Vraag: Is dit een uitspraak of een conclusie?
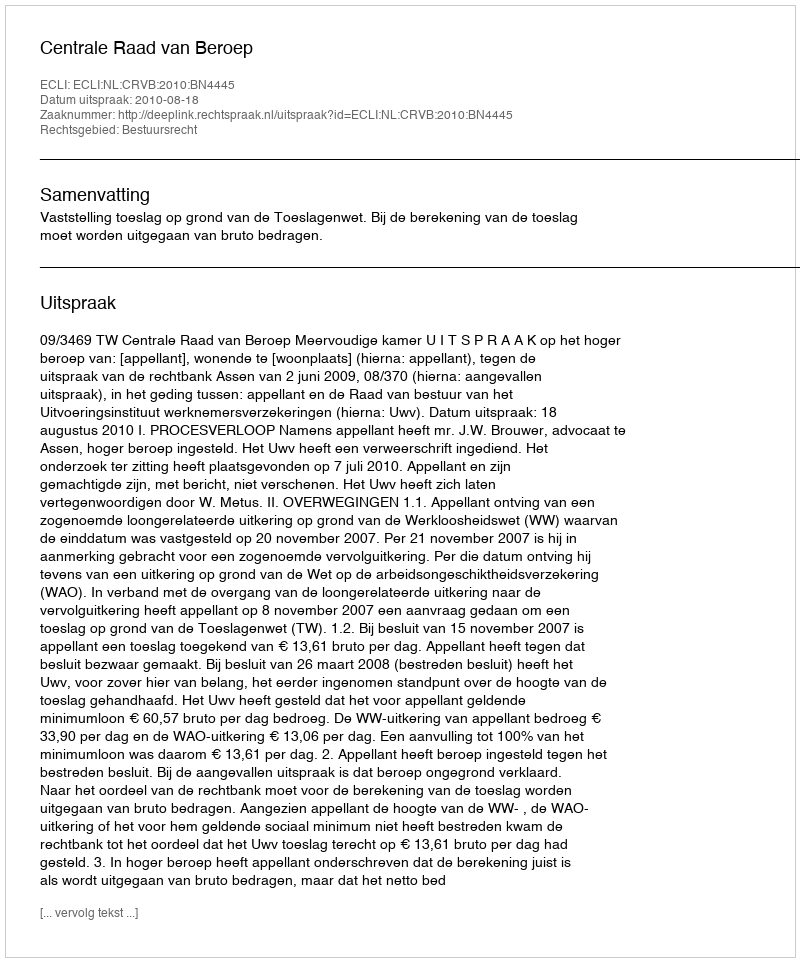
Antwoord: Uitspraak